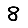
Digit: 8